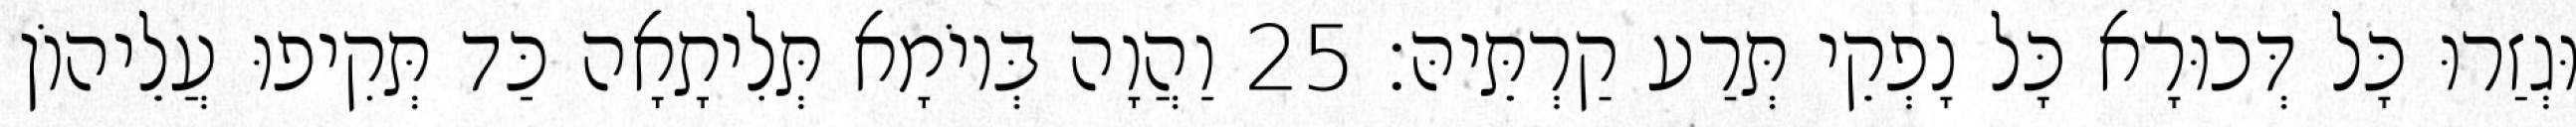
וּגְזַרוּ כָּל דְּכוּרָא כָּל נָפְקֵי תְּרַע קַרְתֵּיהּ׃ 25 וַהֲוָה בְּיוֹמָא תְּלִיתָאָה כַּד תְּקִיפוּ עֲלֵיהוֹן